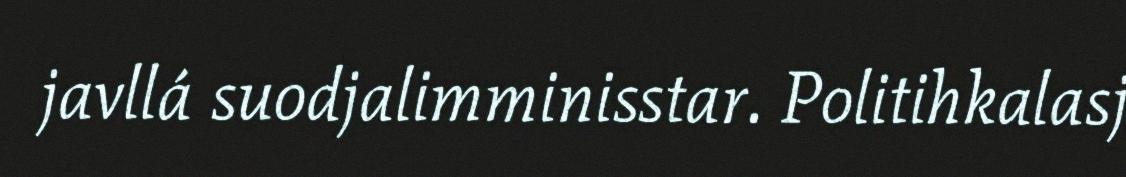
javllá suodjalimminisstar. Politihkalasj